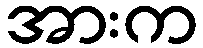
အားက